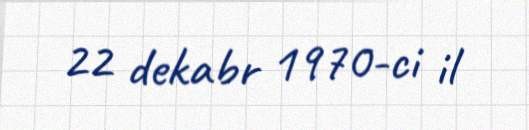
22 dekabr 1970-ci il